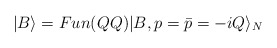
\begin{align*}|B \rangle=Fun(QQ) |B, p=\bar{p}=-iQ \rangle_{N} \end{align*}